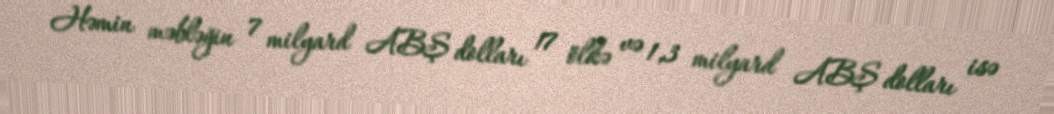
Həmin məbləğin 7 milyard ABŞ dolları 17 ölkə və 1,3 milyard ABŞ dolları isə